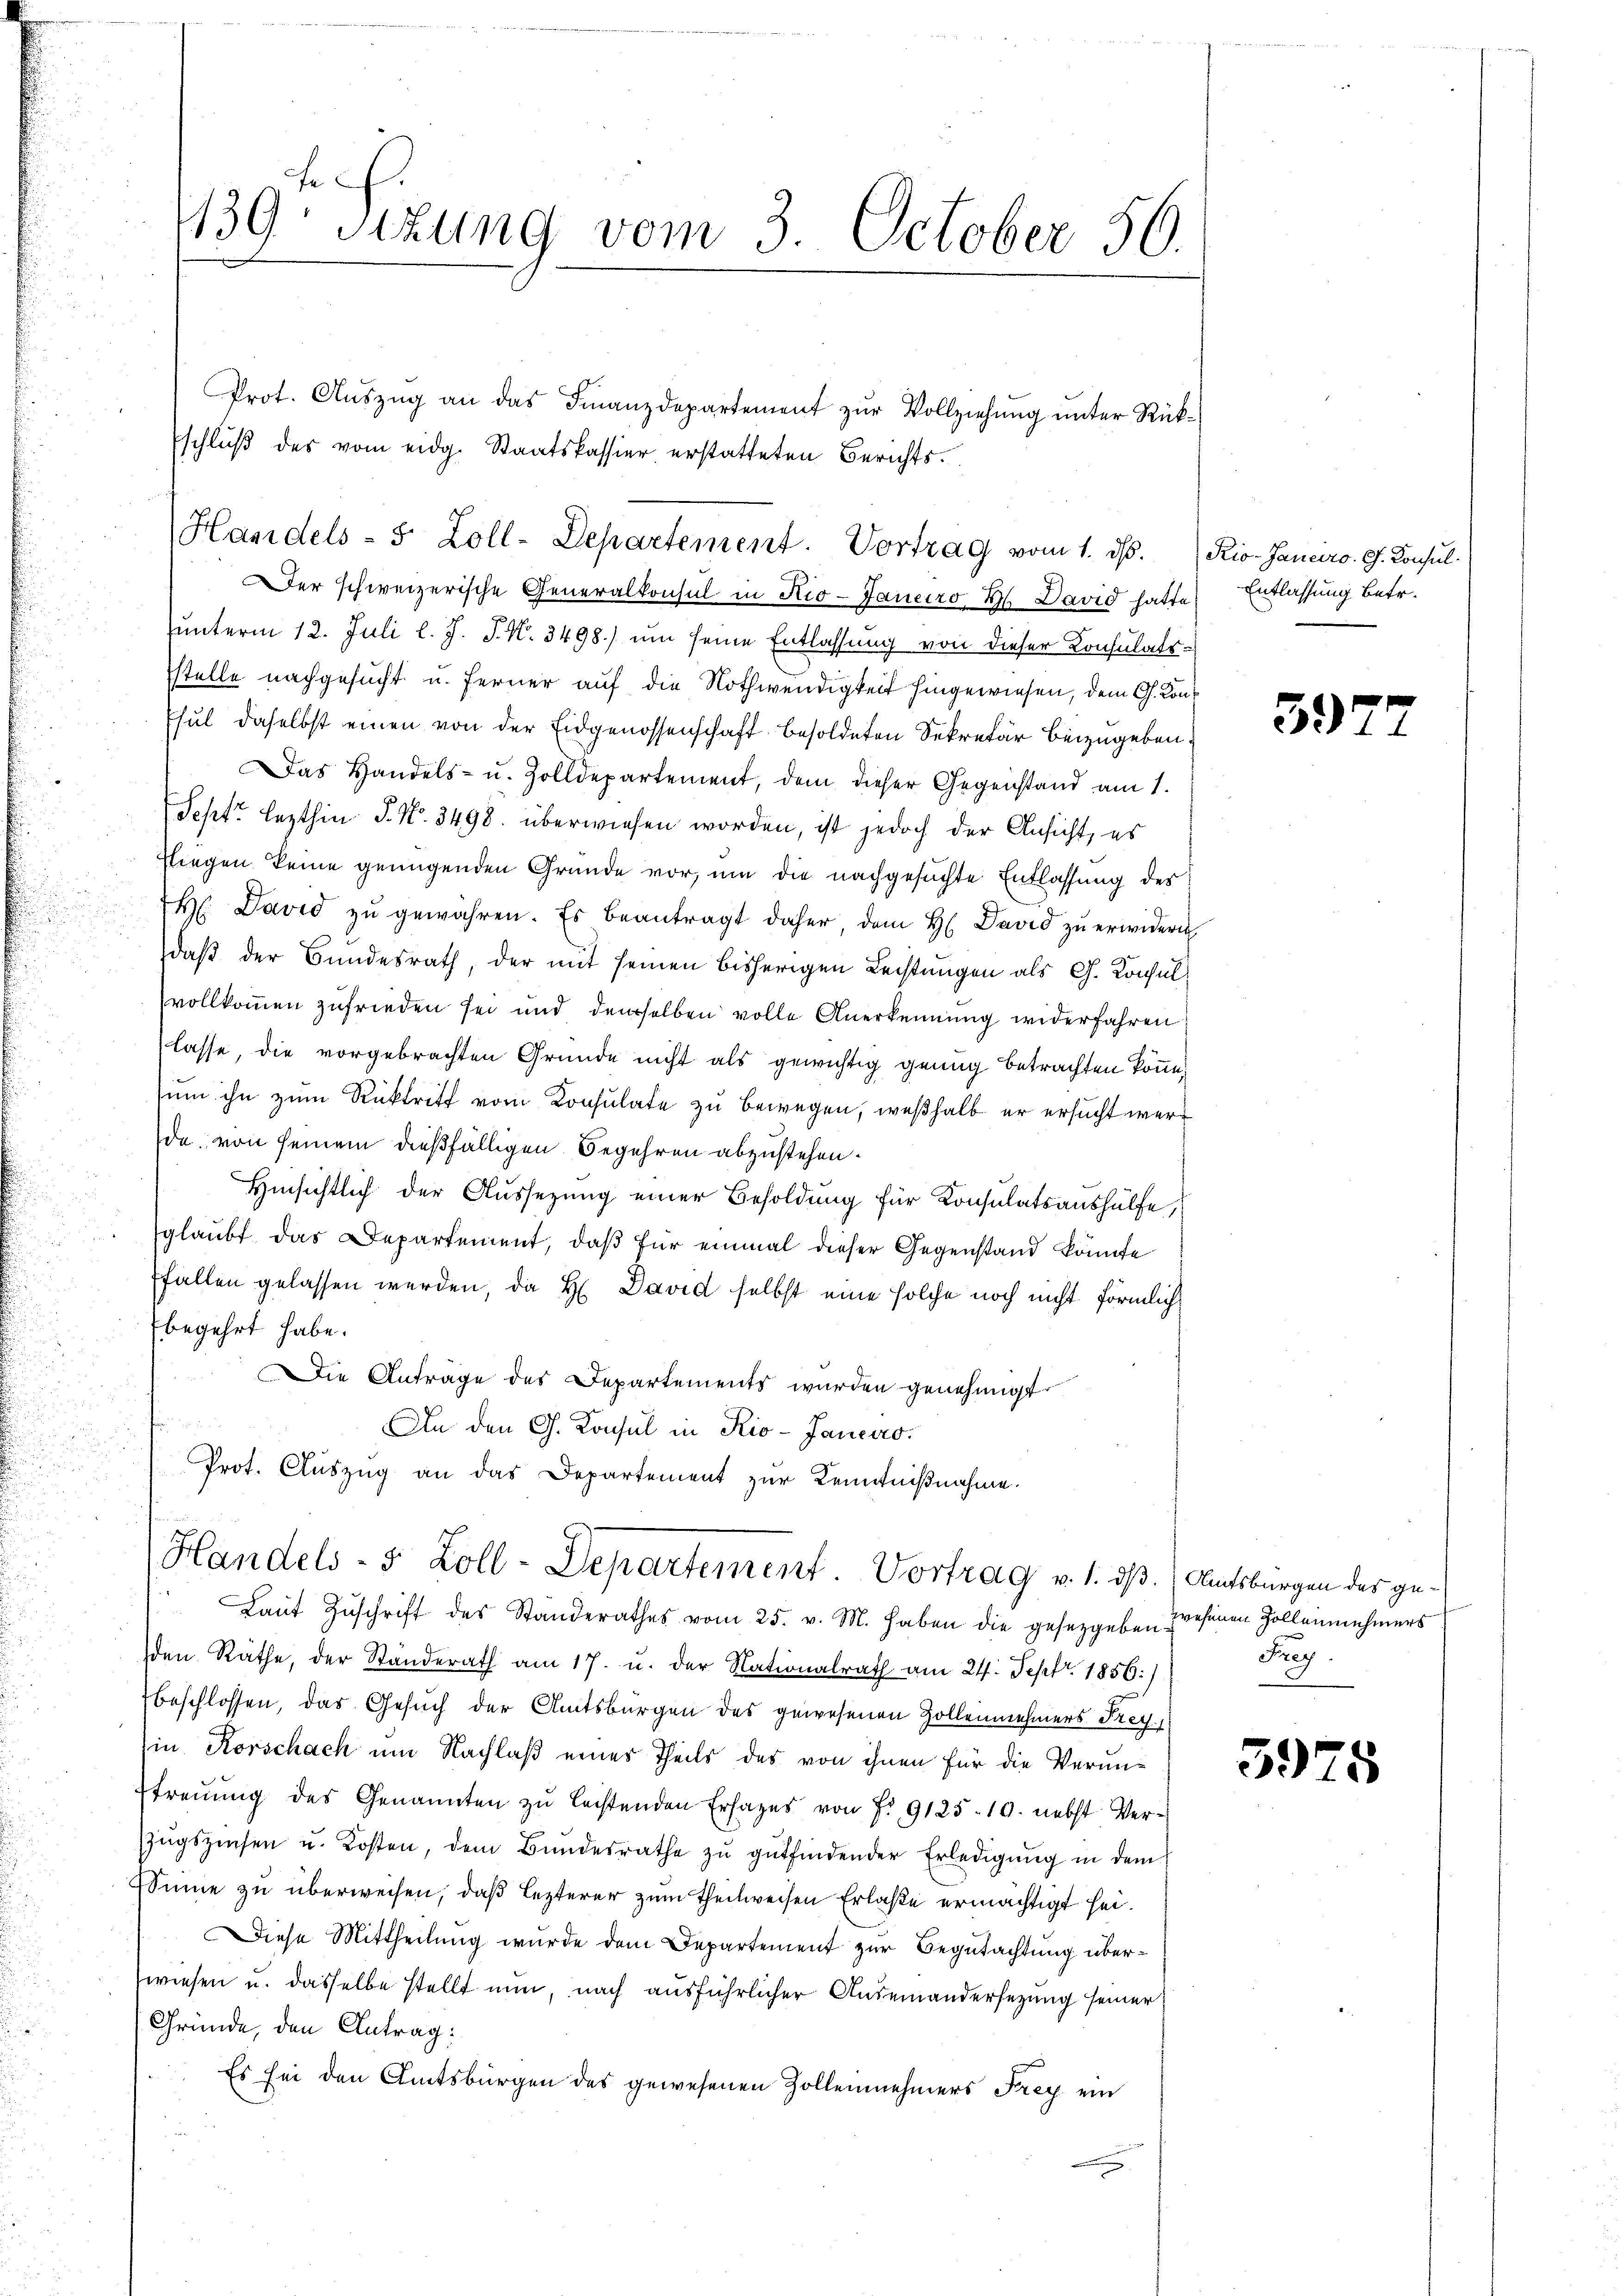
139 Sizung vom 3. October 50.

Prot. Auszug an das Finanzdepartement zur Vollziehung unter Rükschlŭβ des vom eidg. Staatskassier erstatteten Berichts¬
Handels- 5 Zoll-Departement. Vortrag vom 1. ds. Rio. Janeiro. G. Konsul

Der schweizerische Generalkonsul in Rio-Janeiro 2. David hatte
unterm 12. Juli l. J. J. N. 3498.) um seine Entlassung von dieser Konsulatsstelle nachgesucht u. ferner auf die Nothwendigkeit hingewiesen, dem G. Kon
Esul daselbst einen von der Eidgenossenschaft besoldeten Sekretär beizugeben.
Das Handels- u. Zolldepartement, dem dieser Gegenstand am 1.
Sept. lezthin P. No. 3498. überwiesen worden, ist jedoch der Ansicht, es
fliegen keine genügenden Gründe vor, um die nachgesuchte Entlassung des
H David zŭ gewähren. Es beantragt daher, dem H. David zŭ erwidern
daß der Bundesrath, der mit seinen bisherigen Rechtungen als G. Konsul
vollkommen zufrieden sei und demselben volle Anerkennung widerfahren
lasse, die vorgebrachten Gründe nicht als gewichtig genug betrachten könne.
sum ihn zum Rücktritt vom Konsulate zu bewegen, weßhalb er ersucht werd
da, von seinem dießfälligen Begehren abzustehen.
Hinsichtlich der Aussezung einer Besoldung für Konsulatsaushülfe,
glaubt das Departement, daß für einmal dieser Gegenstand könnte
fallen gelassen werden, da H David selbst eine solche noch nicht förmlich
begehrt habe.
Die Anträge des Departements wurden genehmigt.
An den G. Konsul in Rio-Janeiro
Prot. Auszug an das Departement zur Kenntnißnahme.

Handels- 5 Zoll-Departement Vortrag v. 1. dß. (Amtsburgen des ge¬
Laŭt Zŭschrift des Standerathes vom 25. v. M. haben die gesetzgeben presenen Zollennehmers

den Räthe, der Standerath am 17. u. der Nationalrath am 24. Sept. 1856.)
beschlossen, das Gesuch der Amtsbürgen des gewesenen Zollennehmers Frey
Ein Korschach um Nachlaß eines Theils des von ihnen für die Verun¬
Etreuung des Genannten zu leistenden Ersatzes von Fr. 9125-10. nebst Ver¬
Zŭgszinsen u. Kosten, dem Bŭndesrathe zŭ gŭtfindender Erledigung in dem
Sinne zu überweisen, daß Lezterer zum Theilweisen Erlaße ermächtigt sei.
Diese Mittheilung wurde dem Departement zur Begutachtung überwiesen u. dasselbe stellt nun, nach ausführlicher Auseinandersezung seiner
Gründe, den Antrag:
Es sei den Amtsbürgen des gewesenen Zollennehmers Frey ein

Entlassung betr.

s

f

3972

Frey.

3975